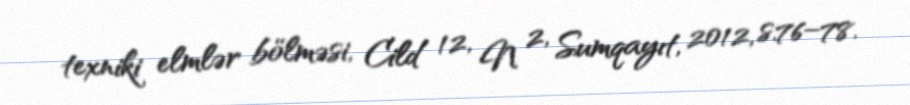
texniki elmlər bölməsi, Cild 12, N 2, Sumqayıt, 2012, s.76–78.